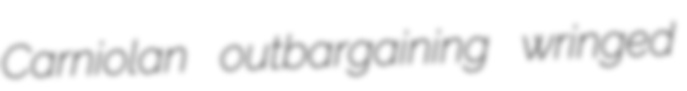
Carniolan outbargaining wringed